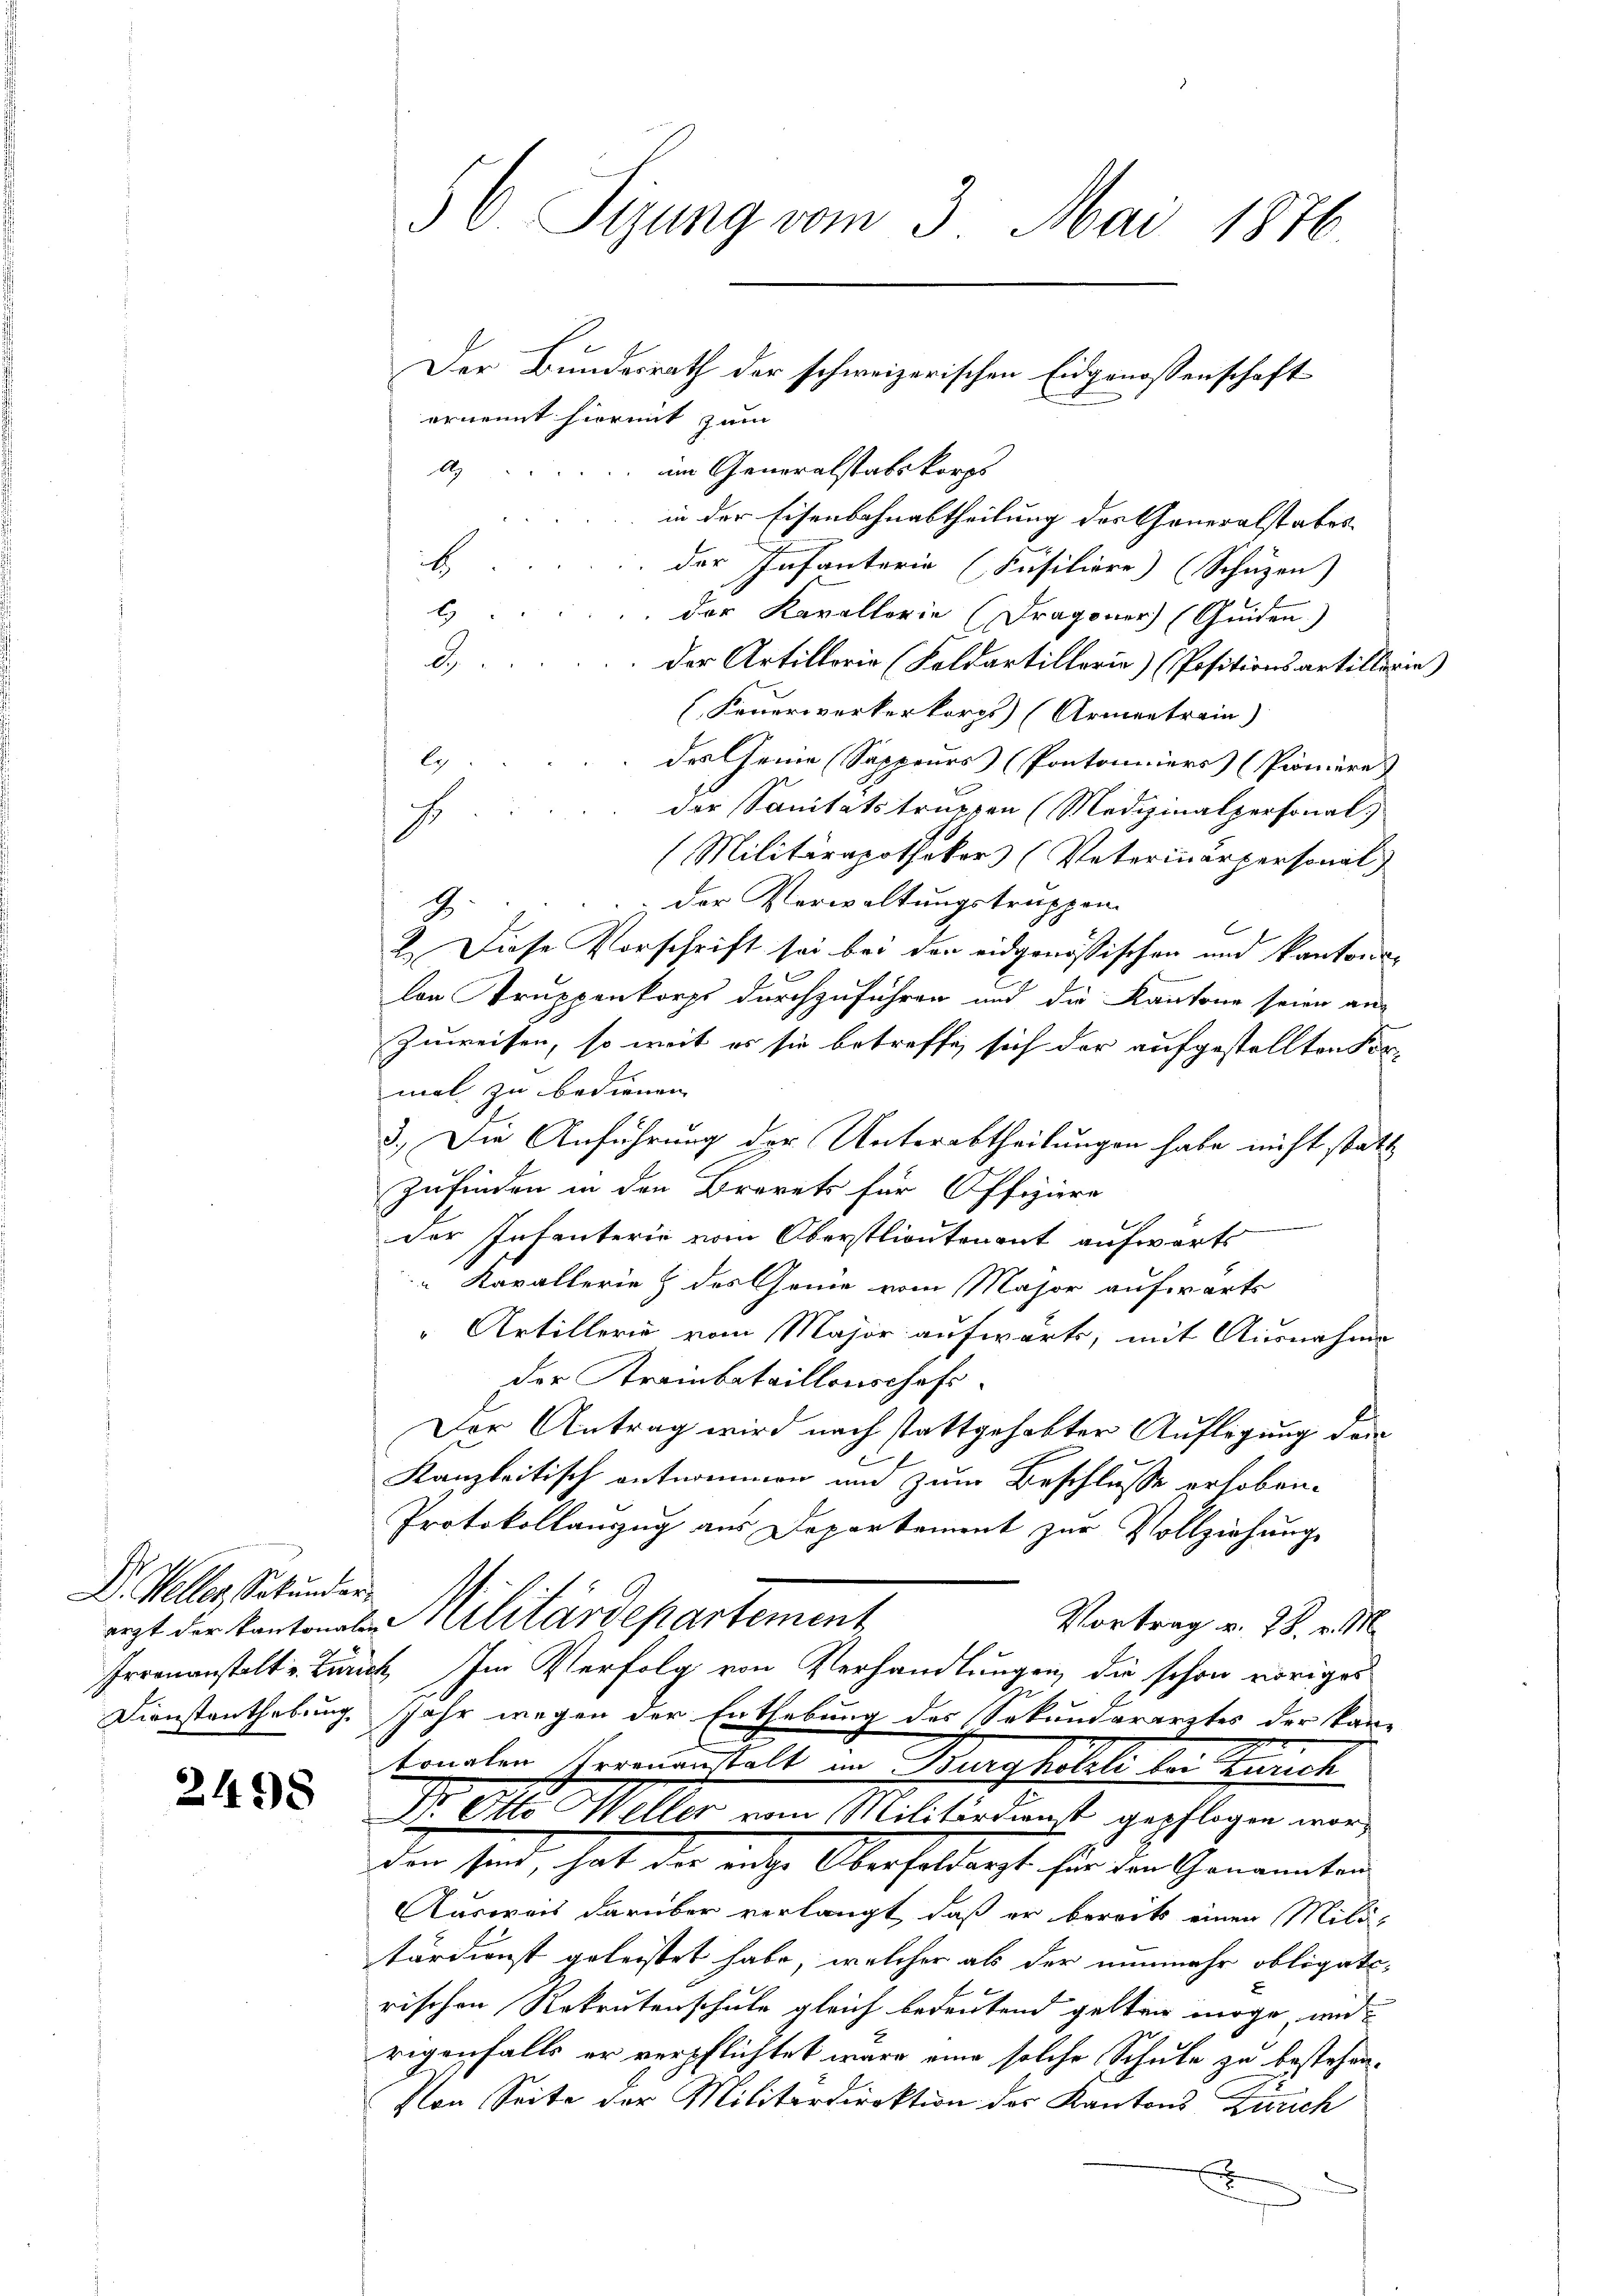
D. Keller, Sekunder
Dienstenthebung

2498

56. Sizung vom 3. Mai 1876

ernennt hiermit zum
im Generalstabskorps
A
in der Eisenbahnabtheilung des Generalstabes
H
der Infanterie (Füsiliere) (Schüzen)
b
der Kavallorie (Dragoner (Guiden.)
d.
der Artillerie (Soldartillerie) (Positionsartillerie)
Feuerwerkerkorps) (Armentrein)
des Genie (Sappeurs) (Pontoniers (Pioniere
der Sanitätstruppen (Medizinalpersonal
(Militärapothekar (Vaterinärpersonal
& der Verwaltungstruppen
6
I. Diese Vorschrift sei bei den eidgenössischen und kantons¬
A
len Truppenkorps durchzuführen und die Kantone seien an-
Zuweisen, so weit es sie betreffe, sich der aufgestellten For-
mal zu bedienen. |
3.) Die Anführung der Unterabtheilungen habe nicht statt
Zufinden in den Brevets für Offiziere
der Infanterie vom Oberstlieutenant aufwärts
 Kavallerie & des Genie vom Major aufwärts
Artillerie vom Major aufwärts, mit Ausnahme
der Krainbataillonschaft-
Der Antrag wird nach stattgehabter Auflegung der
Kanzleitisch entnommen und zum Beschlusse erhoben¬
Protokollanzug aus Departement zur Vollziehung
eizt der Kantonale Militärdepartement
Vortrag v. 28. v. M.
Irrenanstalt Zürich. Im Verfolg von Verhandlungen, die schon voriges
Jahr wegen der Enthebung des Sekunderarztes der kan-
tonalen Verenanstalt im Burghelle bei auch
Dr. A. Willer vom Militärdient gepflogen wird
den sind, hat die auche Oberhaltens für der Gemeinter
Ausweis darüber verlangt, daß er bereits einen Militärdienst geleistet habe, welcher als der nunmehr obligatirischen Rekrutenschule gleich bedeutend gelten möge, und
rigenfalls er verpflichtet wäre eine solche Schule zu bestehen.
Von Seite der Militärdirektion der Kantons Zürich
2

Der Bundesrath der schweizerischen Eidgenossenschaft